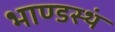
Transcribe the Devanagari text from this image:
भाण्डस्थं